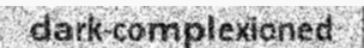
dark-complexioned